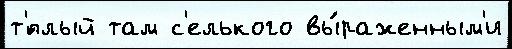
т'́плый там с'елького вы́раженным'и